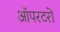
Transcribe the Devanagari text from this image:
ऑपरटरों